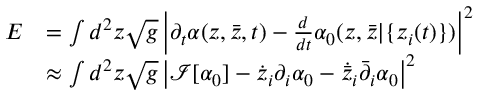
\begin{array} { r l } { E } & { = \int d ^ { 2 } z \sqrt { g } \left| \partial _ { t } \alpha ( z , { \bar { z } } , t ) - \frac { d } { d t } \alpha _ { 0 } ( z , { \bar { z } } | \{ z _ { i } ( t ) \} ) \right| ^ { 2 } } \\ & { \approx \int d ^ { 2 } z \sqrt { g } \left| \mathcal I [ \alpha _ { 0 } ] - \dot { z } _ { i } \partial _ { i } \alpha _ { 0 } - \dot { \bar { z } } _ { i } \bar { \partial } _ { i } \alpha _ { 0 } \right| ^ { 2 } } \end{array}